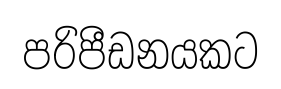
පරිපීඩනයකට